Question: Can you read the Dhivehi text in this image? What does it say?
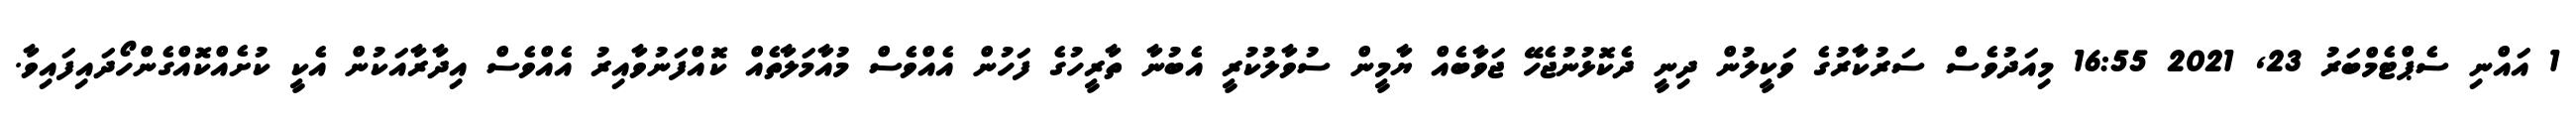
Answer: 1 އައްނި ސެޕްޓެމްބަރު 23, 2021 16:55 މިއަދުވެސް ސަރުކާރުގެ ވަކީލުން ދިނީ ދެކޮޅުނުޖެހޭ ޖަވާބެއް ޔާމީން ސުވާލުކުރީ އެބުނާ ތާރީހުގެ ފަހުން އެއްވެސް މުއާމަލާތެއް ކޮއްފަނުވާއިރު އެއްވެސް އިދާރާއަކުން އެކީ ކުށެއްކޮއްގެންހޯދައިފައިވާ.